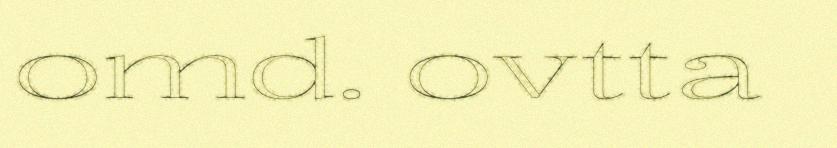
omd. ovtta